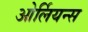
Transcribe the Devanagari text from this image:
ओर्लियन्स